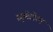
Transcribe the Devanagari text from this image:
ड्युमेटोरम